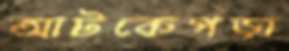
আটকেপড়া